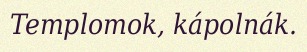
Templomok, kápolnák.